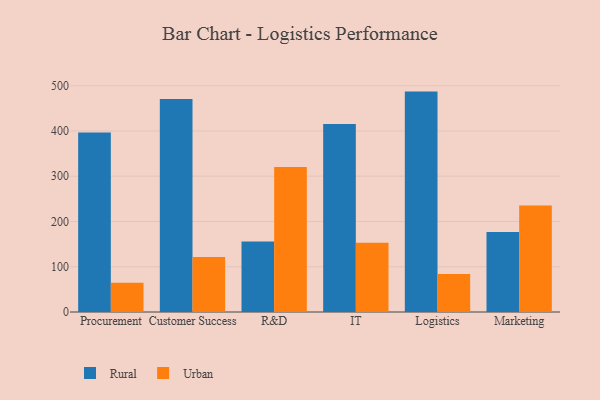
{"axis": {"x": "Department", "y": "Budget (USD K)"}, "legend": ["Rural", "Urban"], "data": [{"x": "Procurement", "y": 396.8, "type": "Rural"}, {"x": "Procurement", "y": 64.4, "type": "Urban"}, {"x": "Customer Success", "y": 470.6, "type": "Rural"}, {"x": "Customer Success", "y": 121.5, "type": "Urban"}, {"x": "R&D", "y": 155.6, "type": "Rural"}, {"x": "R&D", "y": 320.2, "type": "Urban"}, {"x": "IT", "y": 415.3, "type": "Rural"}, {"x": "IT", "y": 152.8, "type": "Urban"}, {"x": "Logistics", "y": 487.0, "type": "Rural"}, {"x": "Logistics", "y": 84.1, "type": "Urban"}, {"x": "Marketing", "y": 176.5, "type": "Rural"}, {"x": "Marketing", "y": 235.4, "type": "Urban"}]}